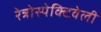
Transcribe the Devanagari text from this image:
रेत्रोस्पेक्टिवेली